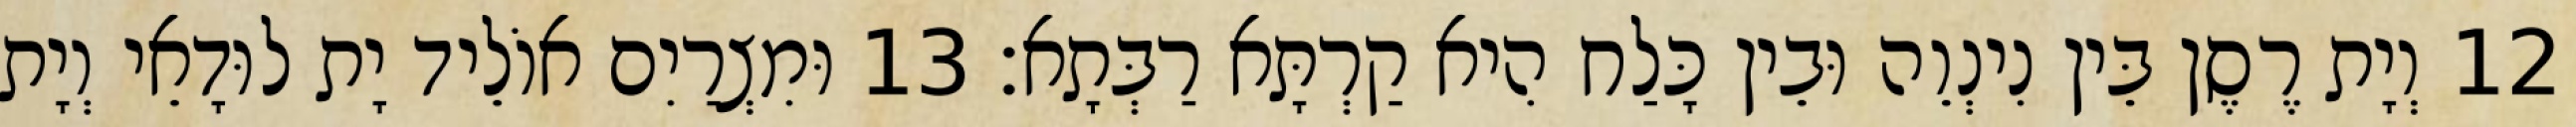
12 וְיָת רֶסֶן בֵּין נִינְוֵה וּבֵין כָּלַח הִיא קַרְתָּא רַבְּתָא׃ 13 וּמִצְרַיִם אוֹלֵיד יָת לוּדָאֵי וְיָת